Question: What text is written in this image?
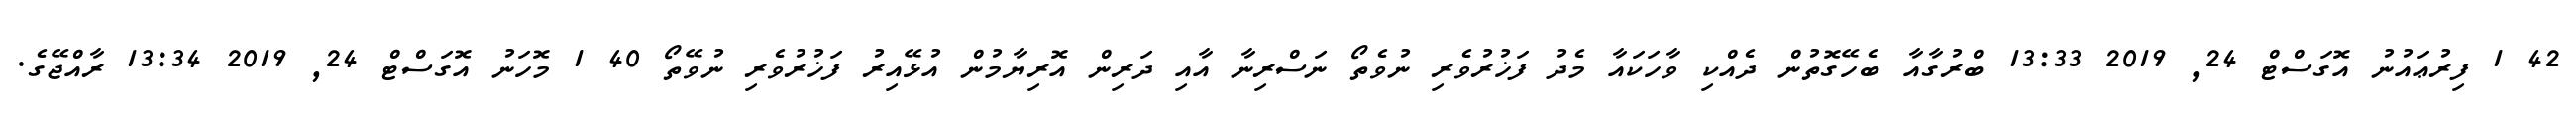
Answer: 42 1 ފިރުޢައުނު އޮގަސްޓް 24, 2019 13:33 ބްރުގާއާ ބެހޭގޮތުން ދެއްކި ވާހަކައާ މެދު ފަޚުރުވެރި ނުވެތޯ ނަސްރިނާ އާއި ދަރިން އޮރިޔާމުން އުޅޭއިރު ފަޚުރުވެރި ނުވޭތޯ 40 1 މޮހަނު އޮގަސްޓް 24, 2019 13:34 ރާއްޖޭގެ.